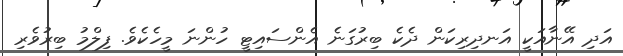
އަދި އޭނާއަކީ އަނދިރިކަން ދެކެ ބިރުގަނެ އެންސައިޓީ ހުންނަ މީހެކެވެ. ފިލްމު ބިރުވެރި